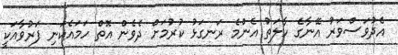
އެދުވަސްވަރު އޭނާގެ ހާލަތު އެންމެ ރަނގަޅު ކުރުމަށް ދެވެން އޮތް ހަމައެކަނި ފަރުވާއަކީ